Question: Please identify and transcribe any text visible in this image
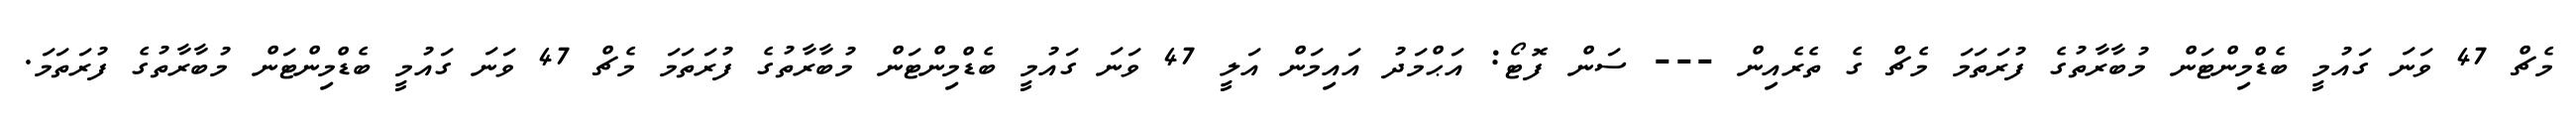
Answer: މެޗް 47 ވަނަ ގައުމީ ބެޑްމިންޓަން މުބާރާތުގެ ފުރަތަމަ މެޗް ގެ ތެރެއިން --- ސަން ފޮޓޯ: އަޙްމަދު އައިމަން އަލީ 47 ވަނަ ގައުމީ ބެޑްމިންޓަން މުބާރާތުގެ ފުރަތަމަ މެޗް 47 ވަނަ ގައުމީ ބެޑްމިންޓަން މުބާރާތުގެ ފުރަތަމަ.